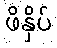
ဖိနှိပ်